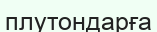
плутондарға